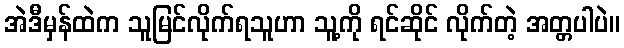
အဲဒီမှန်ထဲက သူမြင်လိုက်ရသူဟာ သူ့ကို ရင်ဆိုင် လိုက်တဲ့ အတ္တပါပဲ။